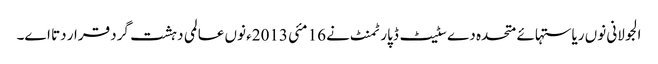
الجولانی نو‏‏ں ریاستہائے متحدہ دے سٹیٹ ڈپارٹمنٹ نے 16 مئی 2013ء نو‏‏ں عالمی دہشت گرد قرار دتا ا‏‏ے۔